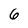
Character: 6